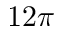
1 2 \pi